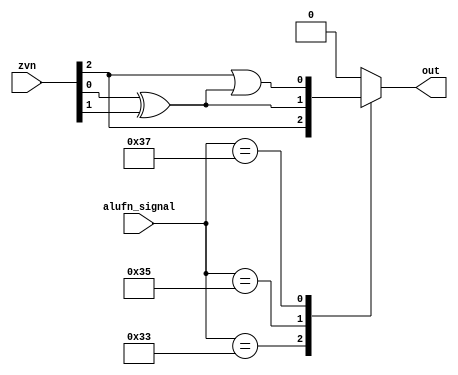
/*
   This file was generated automatically by Alchitry Labs version 1.2.7.
   Do not edit this file directly. Instead edit the original Lucid source.
   This is a temporary file and any changes made to it will be destroyed.
*/

module comparator_33 (
    input [2:0] zvn,
    input [5:0] alufn_signal,
    output reg out
  );
  
  
  
  reg z;
  reg v;
  reg n;
  
  always @* begin
    z = zvn[2+0-:1];
    v = zvn[1+0-:1];
    n = zvn[0+0-:1];
    out = 16'h0000;
    
    case (alufn_signal)
      6'h33: begin
        out = z;
      end
      6'h35: begin
        out = n ^ v;
      end
      6'h37: begin
        out = z | (n ^ v);
      end
      default: begin
        out = 1'h0;
      end
    endcase
  end
endmodule